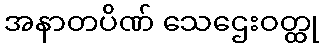
အနာတပိဏ် သေဌေးဝတ္ထု